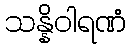
သန္နိဝါရဏံ